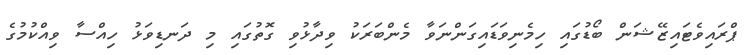
ޕްރައިވެޓައިޒޭޝަން ބޯޑުގައި ހިމެނިވަޑައިގަންނަވާ މެންބަރަކު ވިދާޅުވި ގޮތުގައި މި ދަނޑިވަޅު ހިއްސާ ވިއްކުމުގެ